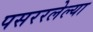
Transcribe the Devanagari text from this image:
पसररलेल्या